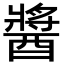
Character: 醬